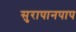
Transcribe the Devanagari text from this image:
सुरापानपाप